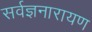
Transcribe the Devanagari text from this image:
सर्वज्ञनारायण